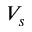
V _ { s }